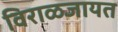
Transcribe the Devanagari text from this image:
विराळजायत